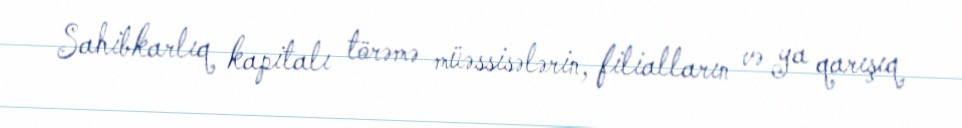
Sahibkarlıq kapitalı törəmə müəssisələrin, filialların və ya qarışıq